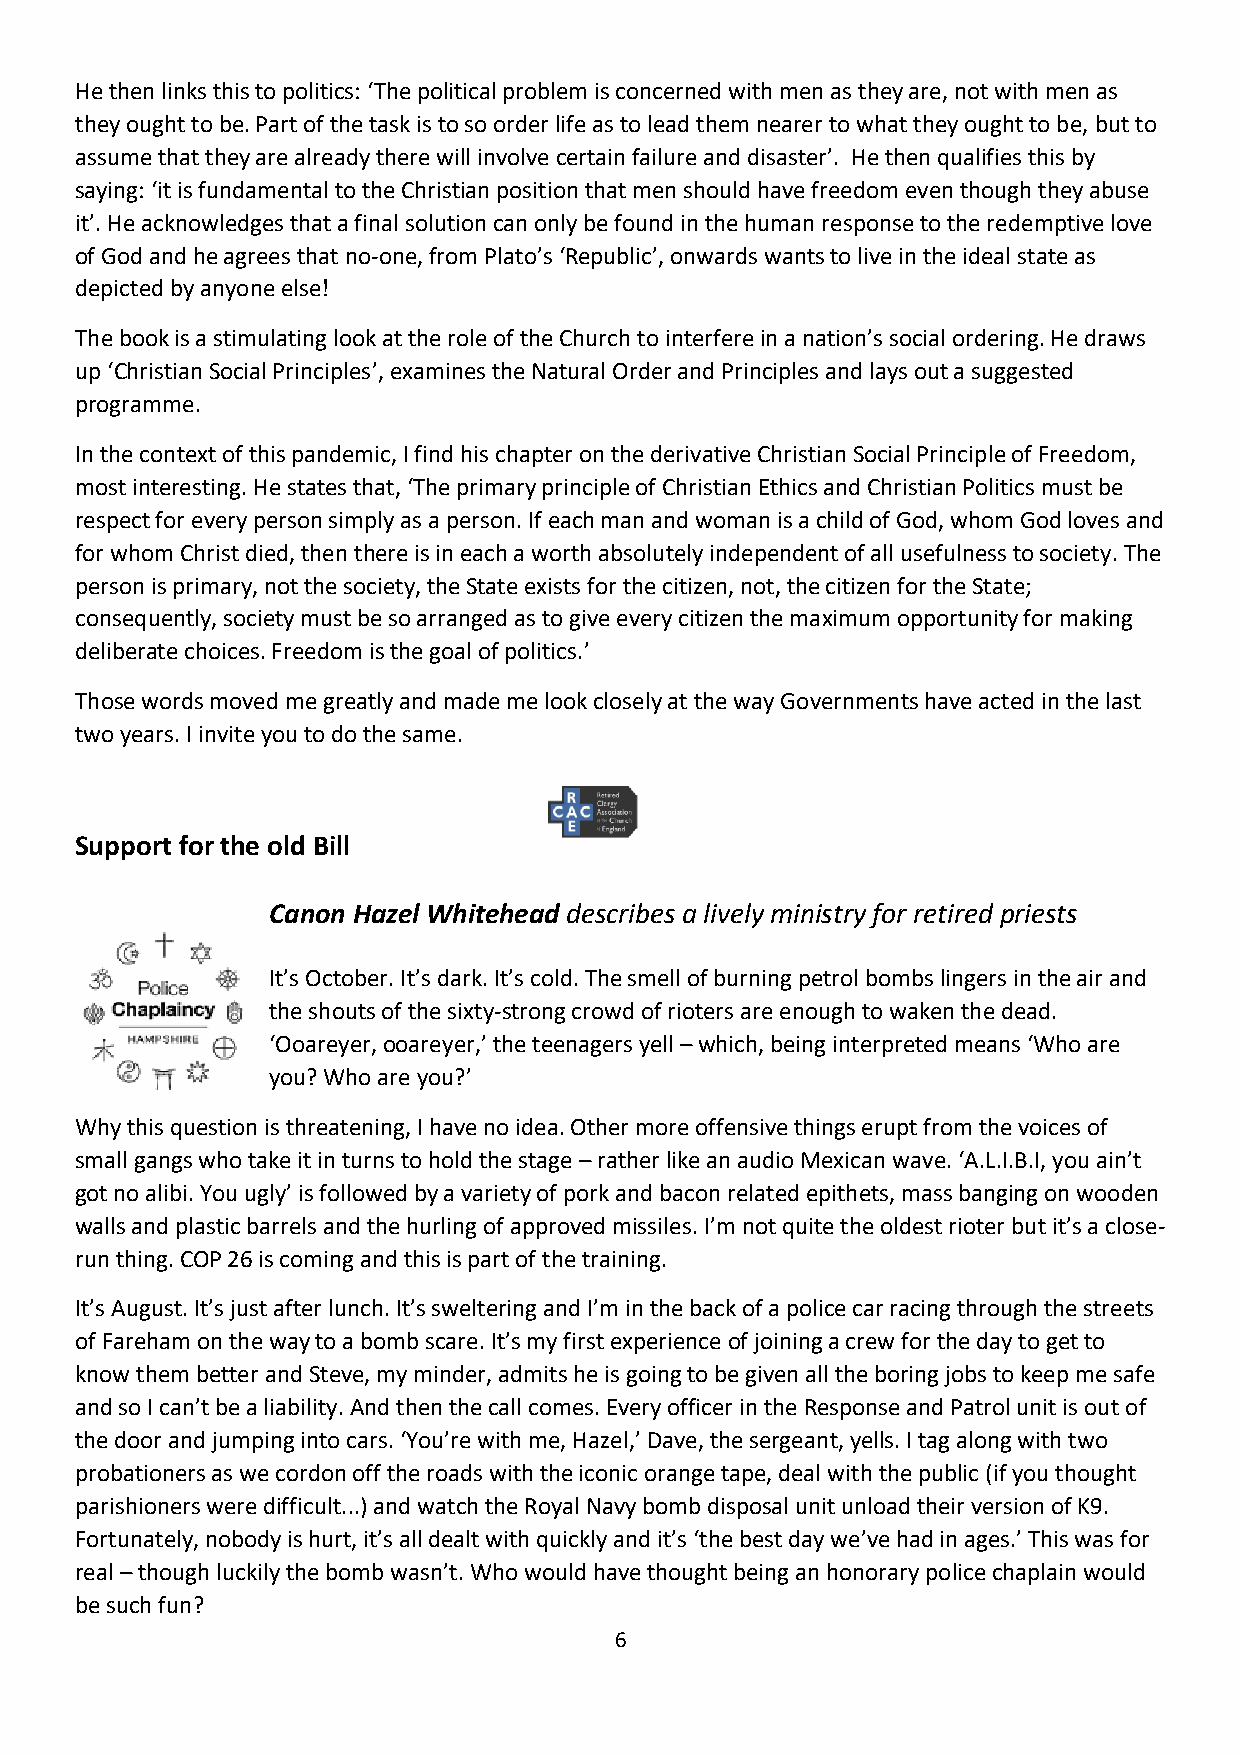
He then links this to politics: ‘The political problem is concerned with men as they are, not with men as
 they ought to be. Part of the task is to so order life as to lead them nearer to what they ought to be, but to
 assume that they are already there will involve certain failure and disaster’. He then qualifies this by
 saying: ‘it is fundamental to the Christian position that men should have freedom even though they abuse
 it’. He acknowledges that a final solution can only be found in the human response to the redemptive love
 of God and he agrees that no-one, from Plato’s ‘Republic’, onwards wants to live in the ideal state as
 depicted by anyone else!
 The book is a stimulating look at the role of the Church to interfere in a nation’s social ordering. He draws
 up ‘Christian Social Principles’, examines the Natural Order and Principles and lays out a suggested
 programme.
 In the context of this pandemic, I find his chapter on the derivative Christian Social Principle of Freedom,
 most interesting. He states that, ‘The primary principle of Christian Ethics and Christian Politics must be
 respect for every person simply as a person. If each man and woman is a child of God, whom God loves and
 for whom Christ died, then there is in each a worth absolutely independent of all usefulness to society. The
 person is primary, not the society, the State exists for the citizen, not, the citizen for the State;
 consequently, society must be so arranged as to give every citizen the maximum opportunity for making
 deliberate choices. Freedom is the goal of politics.’
 Those words moved me greatly and made me look closely at the way Governments have acted in the last
 two years. I invite you to do the same.
 Support for the old Bill
 Canon Hazel Whitehead describes a lively ministry for retired priests
 It’s October. It’s dark. It’s cold. The smell of burning petrol bombs lingers in the air and
 the shouts of the sixty-strong crowd of rioters are enough to waken the dead.
 ‘Ooareyer, ooareyer,’ the teenagers yell – which, being interpreted means ‘Who are
 you? Who are you?’
 Why this question is threatening, I have no idea. Other more offensive things erupt from the voices of
 small gangs who take it in turns to hold the stage – rather like an audio Mexican wave. ‘A.L.I.B.I, you ain’t
 got no alibi. You ugly’ is followed by a variety of pork and bacon related epithets, mass banging on wooden
 walls and plastic barrels and the hurling of approved missiles. I’m not quite the oldest rioter but it’s a close-
 run thing. COP 26 is coming and this is part of the training.
 It’s August. It’s just after lunch. It’s sweltering and I’m in the back of a police car racing through the streets
 of Fareham on the way to a bomb scare. It’s my first experience of joining a crew for the day to get to
 know them better and Steve, my minder, admits he is going to be given all the boring jobs to keep me safe
 and so I can’t be a liability. And then the call comes. Every officer in the Response and Patrol unit is out of
 the door and jumping into cars. ‘You’re with me, Hazel,’ Dave, the sergeant, yells. I tag along with two
 probationers as we cordon off the roads with the iconic orange tape, deal with the public (if you thought
 parishioners were difficult...) and watch the Royal Navy bomb disposal unit unload their version of K9.
 Fortunately, nobody is hurt, it’s all dealt with quickly and it’s ‘the best day we’ve had in ages.’ This was for
 real – though luckily the bomb wasn’t. Who would have thought being an honorary police chaplain would
 be such fun?
 6